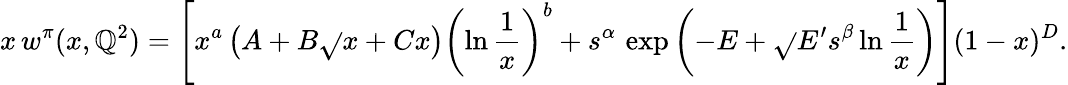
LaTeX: x\, w^{\pi}(x,\mathbb{Q}^{2})=\left[x^{a}\left(A+B\sqrt{}{{x}}+Cx\right)\left(\ln\frac{{1}}{{x}}\right)^{b}+s^{\alpha}\, \, \mathrm{{{exp}}}\left(-E+\sqrt{}{{E^{\prime}s^{\beta}\ln\frac{{1}}{{x}}}}\right)\right](1-x)^{D}.